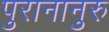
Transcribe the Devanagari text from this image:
पुरानानुरु